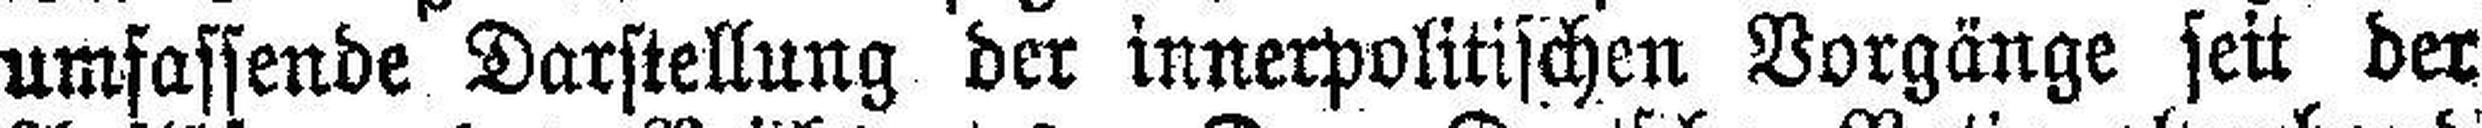
umfassende Darstellung der innerpolitischen Vorgänge seit der